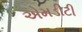
એમડીટી